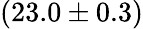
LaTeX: (23.0\pm 0.3)